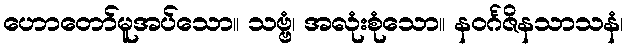
ဟောတော်မူအပ်သော။ သဗ္ဗံ၊ အလုံးစုံသော။ နဝင်္ဂဇိနသာသနံ၊